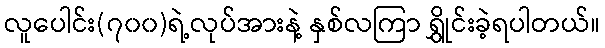
လူပေါင်း(၇၀၀)ရဲ့လုပ်အားနဲ့ နှစ်လကြာ ရွှိုင်းခဲ့ရပါတယ်။